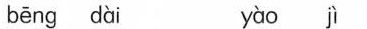
bēng dài yào jì